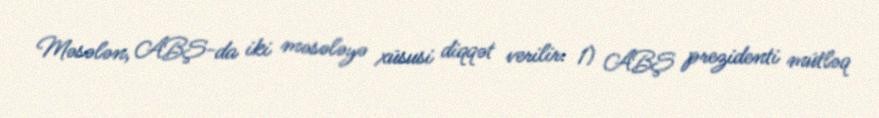
Məsələn, ABŞ-da iki məsələyə xüsusi diqqət verilir: 1) ABŞ prezidenti mütləq